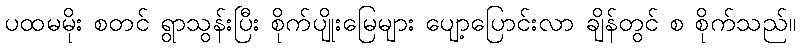
ပထမမိုး စတင် ရွာသွန်းပြီး စိုက်ပျိုးမြေများ ပျော့ပြောင်းလာ ချိန်တွင် စ စိုက်သည်။